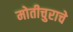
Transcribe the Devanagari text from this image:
मोतीचुराचे